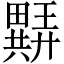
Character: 𬏖